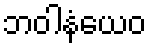
ဘဝါနံယေဝ